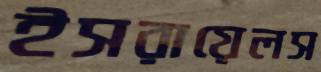
ইসরায়েলস